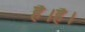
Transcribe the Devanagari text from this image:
है।है।